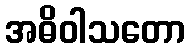
အဓိဝါသတော